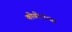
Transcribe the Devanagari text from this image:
कोयोटांच्या